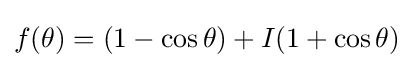
f(\theta )=(1-\cos \theta )+I(1+\cos \theta )